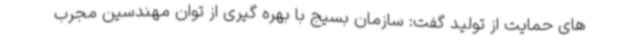
های حمایت از تولید گفت: سازمان بسیج با بهره گیری از توان مهندسین مجرب